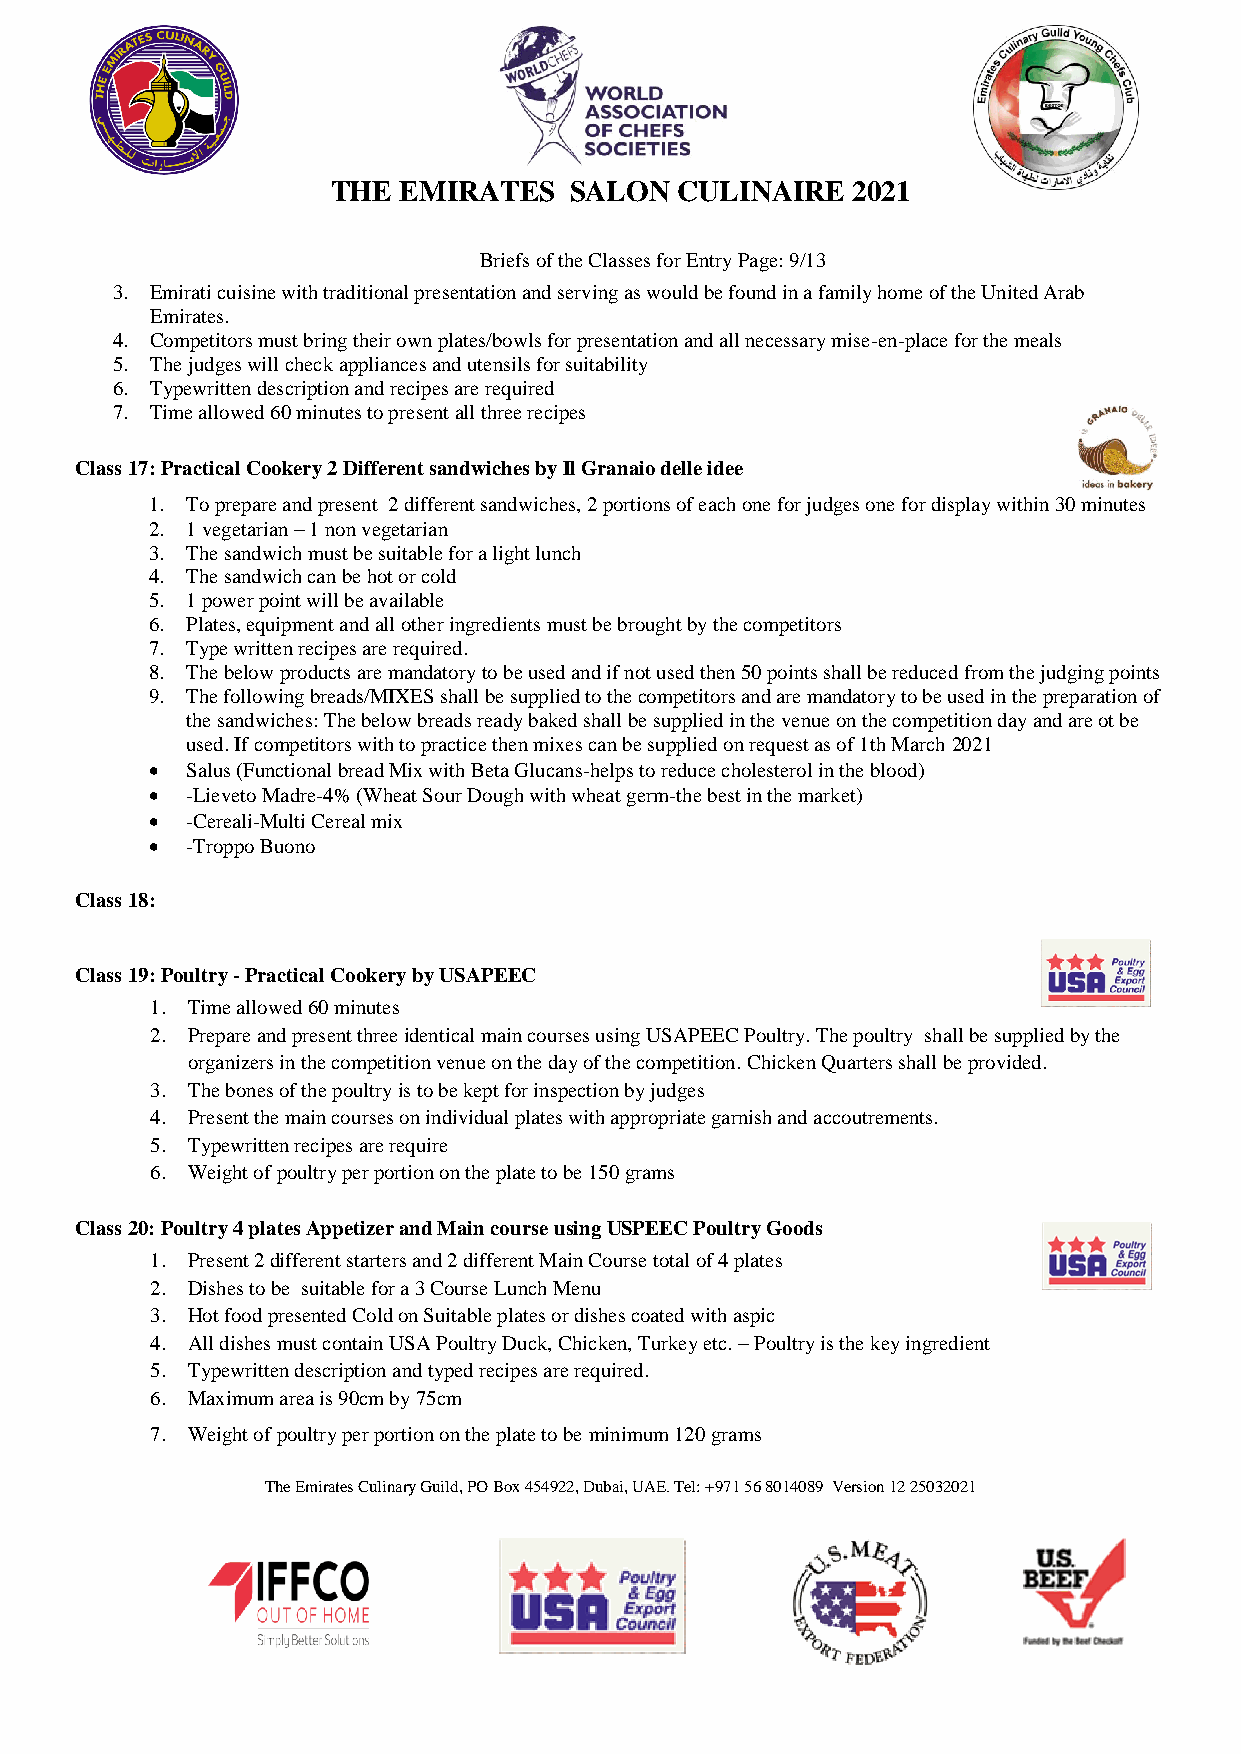
THE EMIRATES    SALON  CULINAIRE  2021
 Briefs of the Classes for Entry Page: 9/13
 3. Emirati cuisine with traditional presentation and serving as would be found in a family home of the United Arab
 Emirates.
 4. Competitors must bring their own plates/bowls for presentation and all necessary mise-en-place for the meals
 5. The judges will check appliances and utensils for suitability
 6. Typewritten description and recipes are required
 7. Time allowed 60 minutes to present all three recipes
 Class 17: Practical Cookery 2 Different sandwiches by Il Granaio delle idee
 1. To prepare and present 2 different sandwiches, 2 portions of each one for judges one for display within 30 minutes
 2. 1 vegetarian – 1 non vegetarian
 3. The sandwich must be suitable for a light lunch
 4. The sandwich can be hot or cold
 5. 1 power point will be available
 6. Plates, equipment and all other ingredients must be brought by the competitors
 7. Type written recipes are required.
 8. The below products are mandatory to be used and if not used then 50 points shall be reduced from the judging points
 9. The following breads/MIXES shall be supplied to the competitors and are mandatory to be used in the preparation of
 the sandwiches: The below breads ready baked shall be supplied in the venue on the competition day and are ot be
 used. If competitors with to practice then mixes can be supplied on request as of 1th March 2021
  Salus (Functional bread Mix with Beta Glucans-helps to reduce cholesterol in the blood)
  -Lieveto Madre-4% (Wheat Sour Dough with wheat germ-the best in the market)
  -Cereali-Multi Cereal mix
  -Troppo Buono
 Class 18:
 Class 19: Poultry - Practical Cookery by USAPEEC
 1. Time allowed 60 minutes
 2. Prepare and present three identical main courses using USAPEEC Poultry. The poultry shall be supplied by the
 organizers in the competition venue on the day of the competition. Chicken Quarters shall be provided.
 3. The bones of the poultry is to be kept for inspection by judges
 4. Present the main courses on individual plates with appropriate garnish and accoutrements.
 5. Typewritten recipes are require
 6. Weight of poultry per portion on the plate to be 150 grams
 Class 20: Poultry 4 plates Appetizer and Main course using USPEEC Poultry Goods
 1. Present 2 different starters and 2 different Main Course total of 4 plates
 2. Dishes to be suitable for a 3 Course Lunch Menu
 3. Hot food presented Cold on Suitable plates or dishes coated with aspic
 4. All dishes must contain USA Poultry Duck, Chicken, Turkey etc. – Poultry is the key ingredient
 5. Typewritten description and typed recipes are required.
 6. Maximum area is 90cm by 75cm
 7. Weight of poultry per portion on the plate to be minimum 120 grams
 The Emirates Culinary Guild, PO Box 454922, Dubai, UAE. Tel: +971 56 8014089 Version 12 25032021